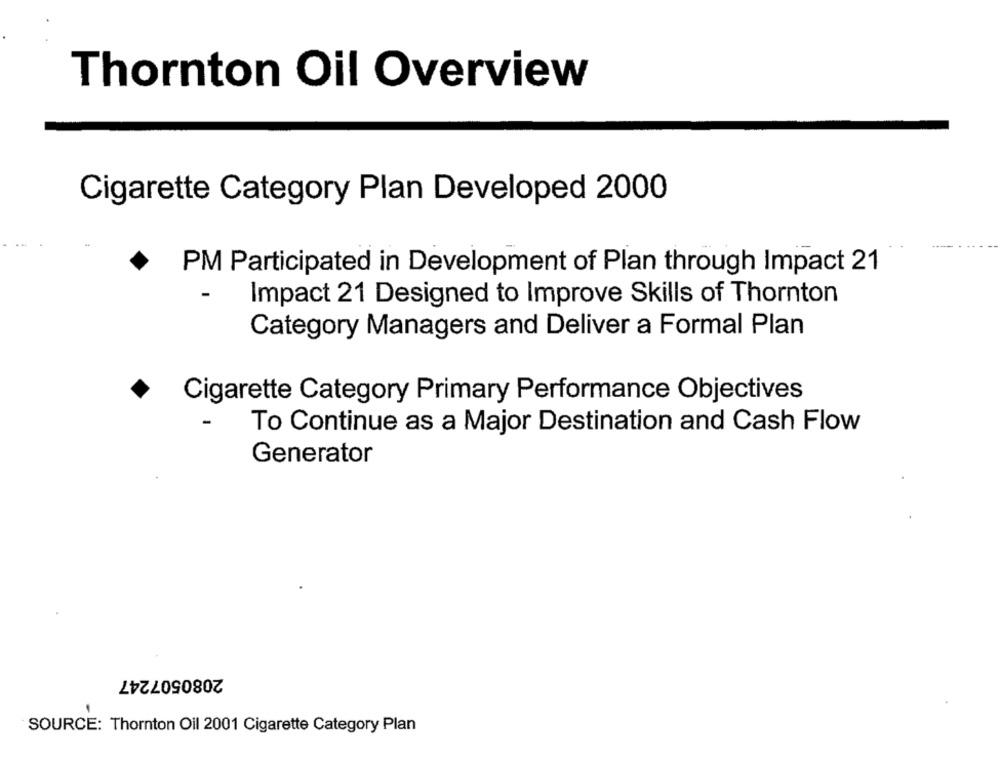
Thornton Oil Overview
Cigarette Category Plan Developed 2000
PM Participated in Development of Plan through Impact 21
Impact 21 Designed to Improve Skills of Thornton
Category Managers and Deliver a Formal Plan
Cigarette Category Primary Performance Objectives
To Continue as a Major Destination and Cash Flow
Generator
2080507247
SOURCE: Thornton Oil 2001 Cigarette Category Plan